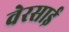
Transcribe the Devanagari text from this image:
वेरसाई